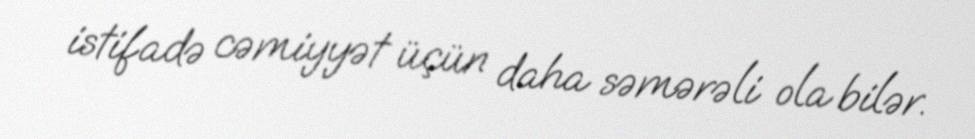
istifadə cəmiyyət üçün daha səmərəli ola bilər.